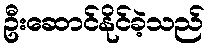
ဦးဆောင်နိုင်ခဲ့သည်